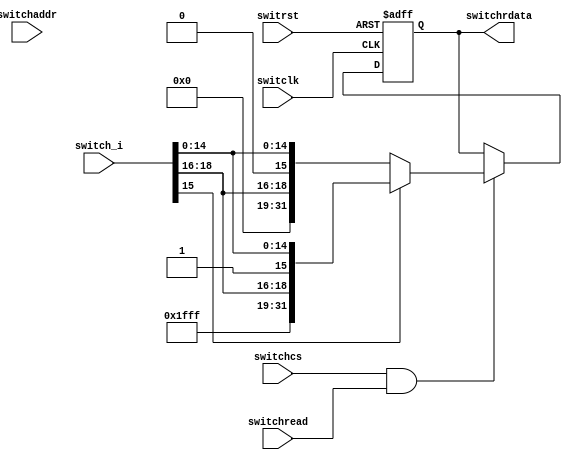
module switchs(switclk, switrst, switchread, switchcs,switchaddr, switchrdata, switch_i);
    input switclk;			        //  
    input switrst;			        //  
    input switchcs;			        //memorioswitch  !!!!!!!!!!!!!!!!!
    input[1:0] switchaddr;		    //  switch  !!!!!!!!!!!!!!!
    input switchread;			    //  
    output reg[31:0] switchrdata;	//    //  CPU16
    input [18:0] switch_i;		    //  24

   
    always@(negedge switclk or posedge switrst) begin
        if(switrst) begin
            switchrdata <= 0;
        end
		else if(switchcs && switchread) begin
		          if(switch_i[15]==1)
		         switchrdata <= {13'b1111111111111,switch_i};
		         else
				switchrdata <= {13'b0000000000000,switch_i};   // data output,lower 16 bits non-extended
        end
     
		else begin
            switchrdata <= switchrdata;
        end
    end
endmodule